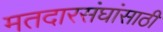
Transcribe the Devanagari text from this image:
मतदारसंघांसाठी